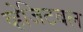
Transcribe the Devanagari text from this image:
व्हेजिटबल